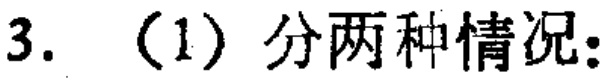
3. （1）分两种情况：